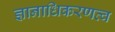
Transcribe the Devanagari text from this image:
ज्ञानाधिकरणत्व